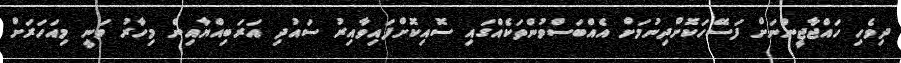
ދިވެހި ހައްޖާޖީންނަށް ފަސޭހަކޮށްދިނުމަށް އެއްބަސްވުންތަކެއްގައި ސޮއިކޮށްފައިވާއިރު ސައުދި އަރަބިއްޔާއިން މިހާރު ވަނީ މިއަހަރަށް